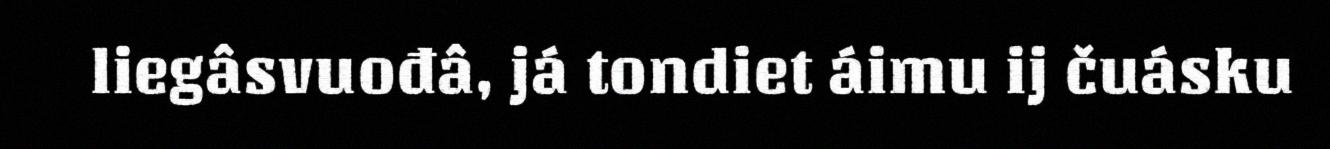
liegâsvuođâ, já tondiet áimu ij čuásku